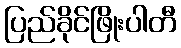
ပြည်ခိုင်ဖြိုးပါတီ